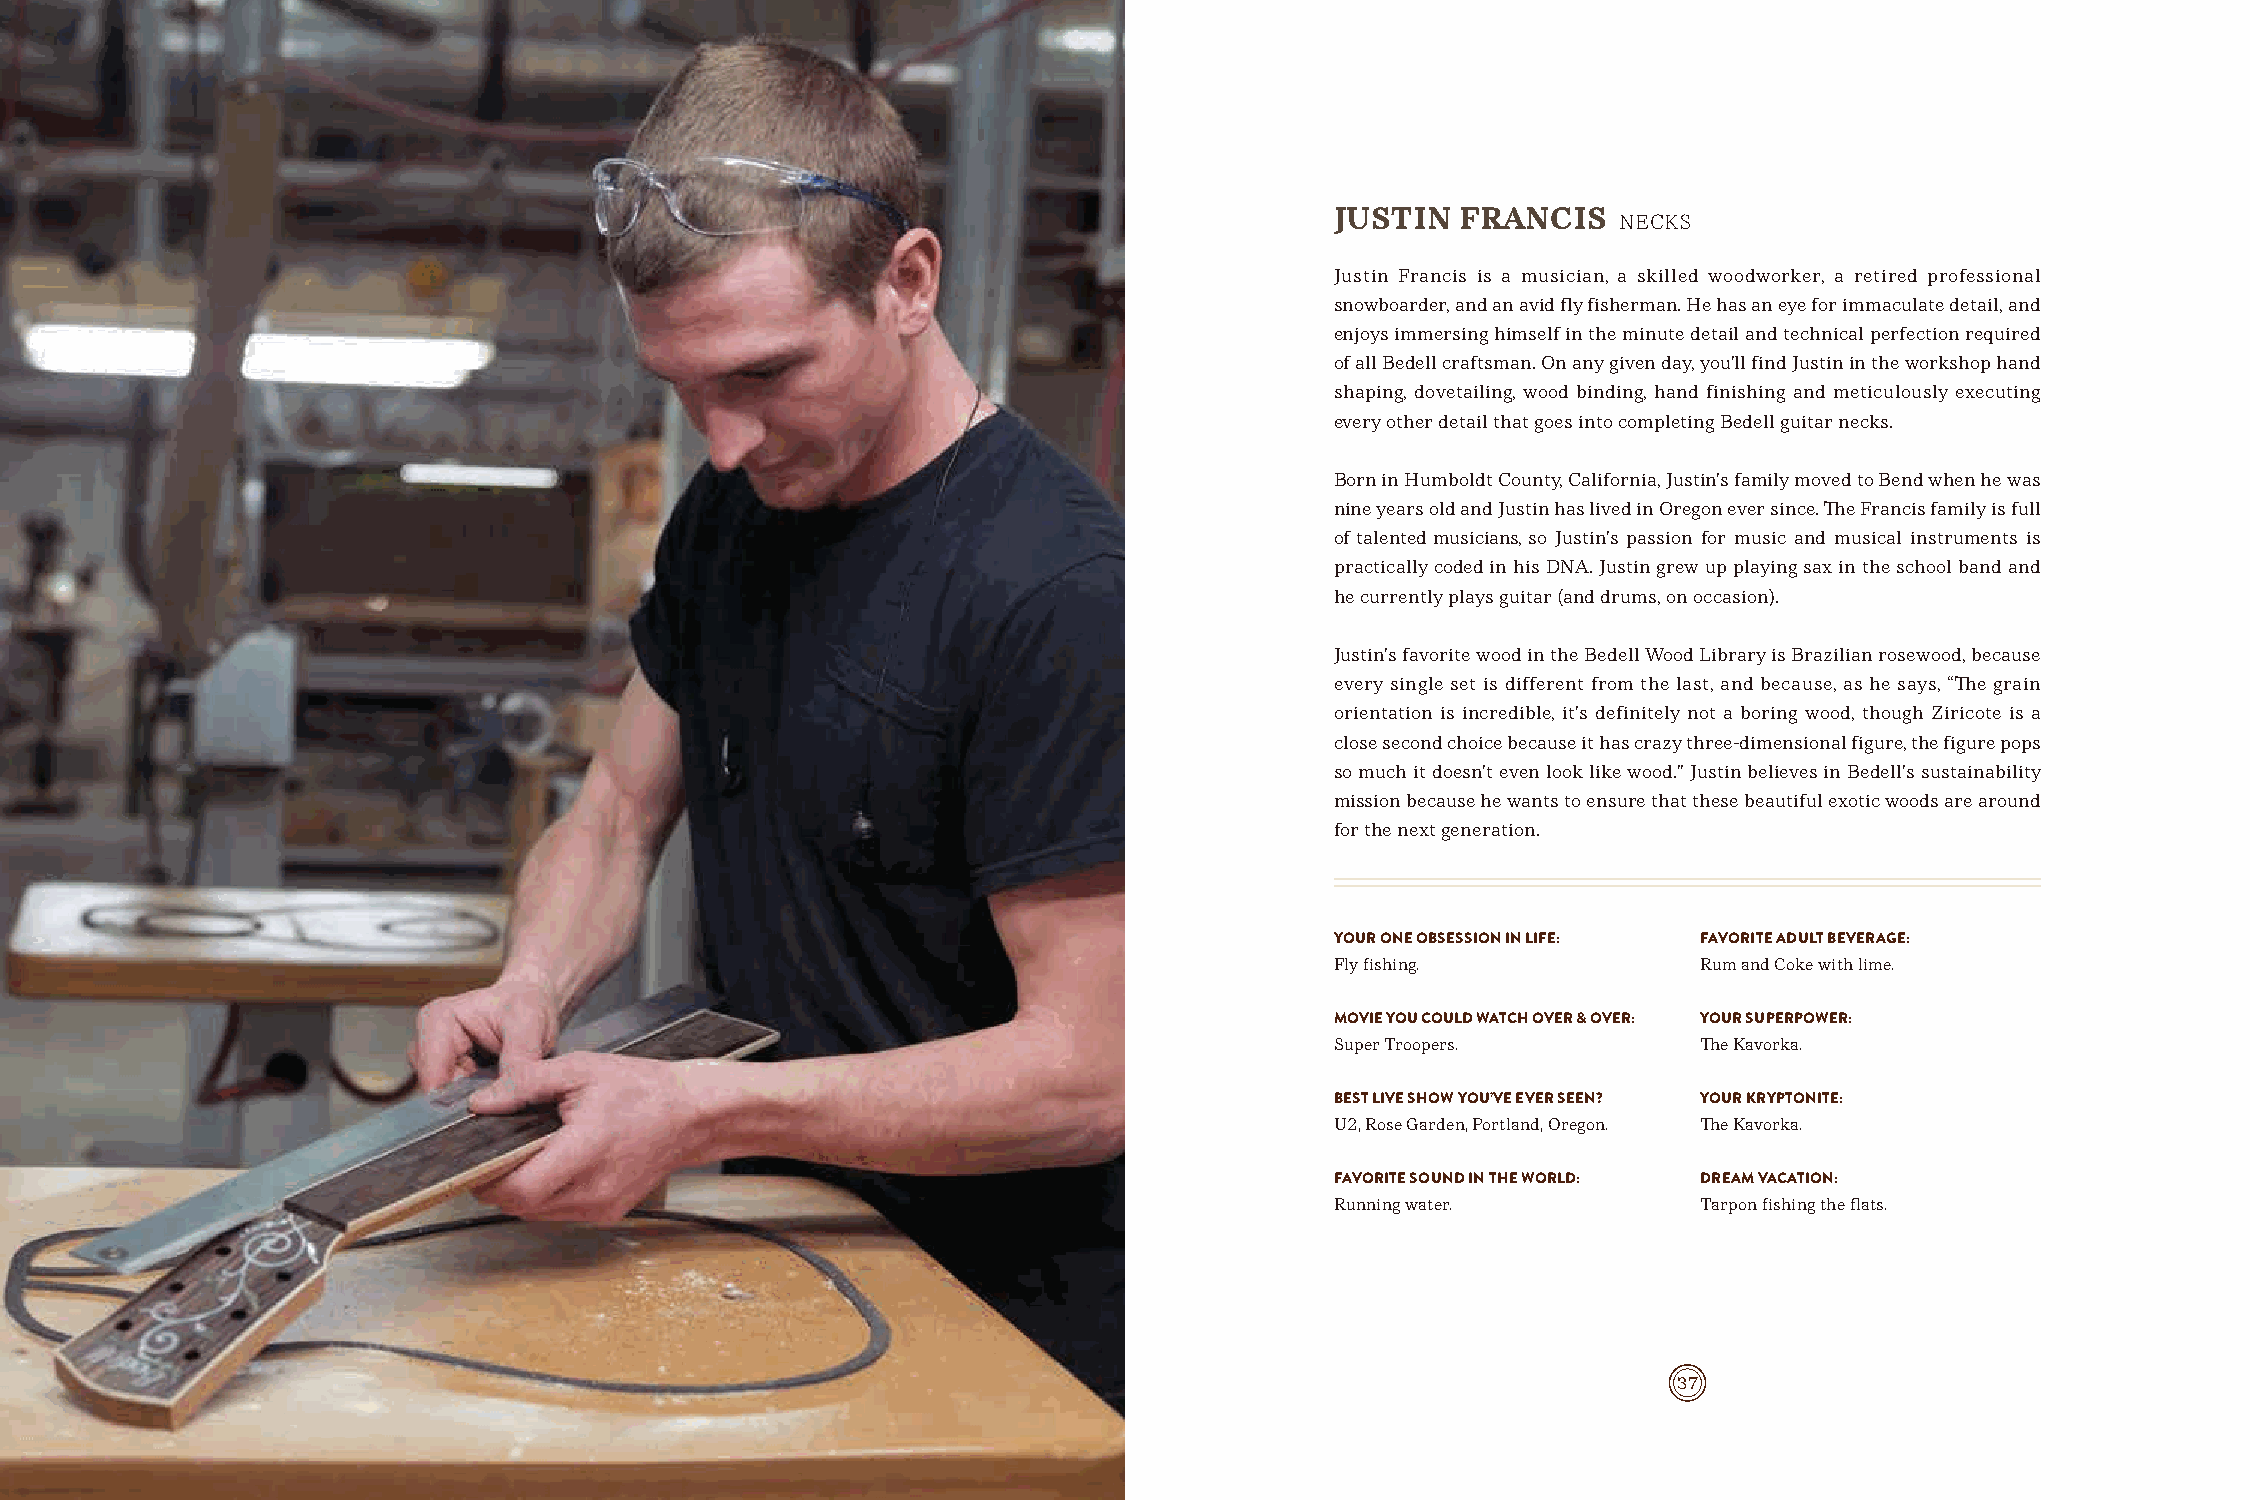
JUSTIN   FRANCIS
 NECKS
 Justin Francis is a musician, a skilled woodworker, a retired professional
 snowboarder, and an avid fly fisherman. He has an eye for immaculate detail, and
 enjoys immersing himself in the minute detail and technical perfection required
 of all Bedell craftsman. On any given day, you’ll find Justin in the workshop hand
 shaping, dovetailing, wood binding, hand finishing and meticulously executing
 every other detail that goes into completing Bedell guitar necks.
 Born in Humboldt County, California, Justin’s family moved to Bend when he was
 nine years old and Justin has lived in Oregon ever since. The Francis family is full
 of talented musicians, so Justin’s passion for music and musical instruments is
 practically coded in his DNA. Justin grew up playing sax in the school band and
 he currently plays guitar (and drums, on occasion).
 Justin’s favorite wood in the Bedell Wood Library is Brazilian rosewood, because
 every single set is different from the last, and because, as he says, “The grain
 orientation is incredible, it’s definitely not a boring wood, though Ziricote is a
 close second choice because it has crazy three-dimensional figure, the figure pops
 so much it doesn’t even look like wood.” Justin believes in Bedell’s sustainability
 mission because he wants to ensure that these beautiful exotic woods are around
 for the next generation.
 YOUR ONE OBSESSION IN LIFE: FAVORITE ADULT BEVERAGE:
 Fly fishing.             Rum and Coke with lime.
 MOVIE YOU COULD WATCH OVER & OVER: YOUR SUPERPOWER:
 Super Troopers.          The Kavorka.
 BEST LIVE SHOW YOU’VE EVER SEEN? YOUR KRYPTONITE:
 U2, Rose Garden, Portland, Oregon. The Kavorka.
 FAVORITE SOUND IN THE WORLD: DREAM VACATION:
 Running water.           Tarpon fishing the flats.
 36                                                                        37